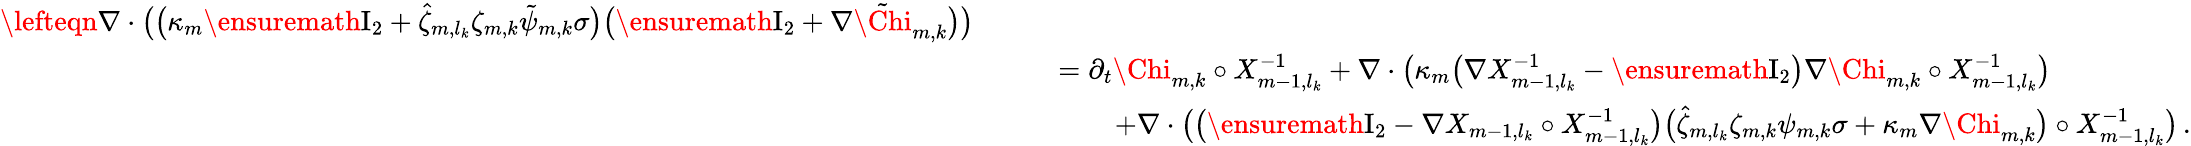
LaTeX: \begin{array}{rl}{\lefteqn{\nabla\cdot\bigl(\bigl(\kappa_{m}\ensuremath{\mathrm{I}_{2}}+\hat{\zeta}_{m,l_{k}}\zeta_{m,k}\tilde{\psi}_{m,k}\sigma\bigr)\bigl(\ensuremath{\mathrm{I}_{2}}+\nabla\tilde{\Chi}_{m,k}\bigr)\bigr)}\qquad}&{}\\ &{=\partial_{t}{\Chi}_{m,k}\circ X_{m-1,l_{k}}^{-1}+\nabla\cdot\bigl(\kappa_{m}\bigl(\nabla X_{m-1,l_{k}}^{-1}-\ensuremath{\mathrm{I}_{2}}\bigr)\nabla{\Chi}_{m,k}\circ X_{m-1,l_{k}}^{-1}\bigr)}\\ &{\qquad+\nabla\cdot\bigl(\bigl(\ensuremath{\mathrm{I}_{2}}-\nabla X_{m-1,l_{k}}\circ X_{m-1,l_{k}}^{-1}\bigr)\bigl(\hat{\zeta}_{m,l_{k}}\zeta_{m,k}{\psi}_{m,k}\sigma+\kappa_{m}\nabla{\Chi}_{m,k}\bigr)\circ X_{m-1,l_{k}}^{-1}\bigr)\, .}\end{array}